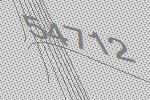
54712